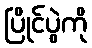
ပြိုင်ပွဲကို